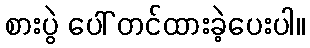
စားပွဲ ပေါ် တင်ထားခဲ့ပေးပါ။